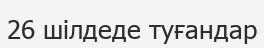
26 шілдеде туғандар